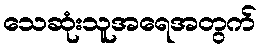
သေဆုံးသူအရေအတွက်